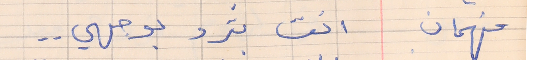
فهمان    انت بترد بوجهي . .